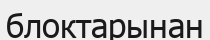
блоктарынан